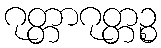
ဂုတ္တာဂုတ္တဉ္စ